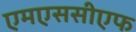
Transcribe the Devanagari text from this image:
एमएससीएफ